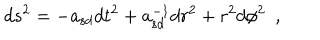
d s ^ { 2 } = - a _ { \mathrm { s d } } d t ^ { 2 } + a _ { \mathrm { s d } } ^ { - 1 } d r ^ { 2 } + r ^ { 2 } d \phi ^ { 2 } \ \ ,